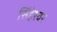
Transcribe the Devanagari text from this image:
सिंहेश्वर